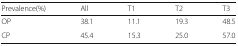
<table><thead><tr><td><b>Prevalence(%)</b></td><td><b>All</b></td><td><b>T1</b></td><td><b>T2</b></td><td><b>T3</b></td></tr></thead><tbody><tr><td>OP</td><td>38.1</td><td>11.1</td><td>19.3</td><td>48.5</td></tr><tr><td>CP</td><td>45.4</td><td>15.3</td><td>25.0</td><td>57.0</td></tr></tbody></table>